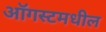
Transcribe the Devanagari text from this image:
ऑगस्टमधील